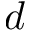
d